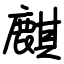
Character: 麒